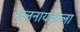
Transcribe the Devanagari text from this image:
खलनायकाला